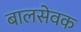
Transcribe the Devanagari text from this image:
बालसेवक